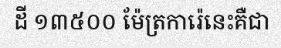
ដី ១៣៥០០ ម៉ែត្រការ៉េនេះគឺជា